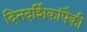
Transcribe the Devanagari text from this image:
दिनदर्शिकांपैकी